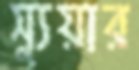
স্যুয়ার